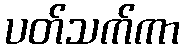
ပတ်သက်ကာ